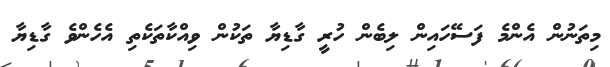
މިތަނުން އެންމެ ފަސޭހައިން ލިބެން ހުރީ ގާޑިޔާ ތަކުން ވިއްކާތަކެތި އެހެންވެ ގާޑިޔާ